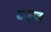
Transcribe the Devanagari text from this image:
वष्र्ज्ञ